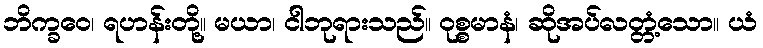
ဘိက္ခဝေ၊ ရဟန်းတို့။ မယာ၊ ငါဘုရားသည်။ ဝုစ္စမာနံ၊ ဆိုအပ်လတ္တံ့သော။ ယံ